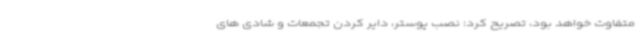
متفاوت خواهد بود، تصریح کرد: نصب پوستر، دایر کردن تجمعات و شادی های